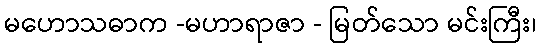
မဟောသဓာက -မဟာရာဇာ - မြတ်သော မင်းကြီး၊